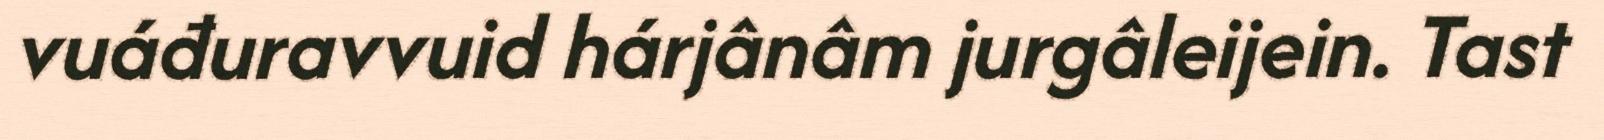
vuáđuravvuid hárjânâm jurgâleijein. Tast